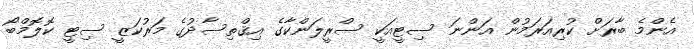
އެންމެ ބާރަށް ކުރިއަރަމުން އަންނަ ސިޓީއަކީ ސްރީލަންކާގެ އިޤްތިސާދުގެ މަރުކަޒީ ސިޓީ ކޮޮލޮމްބޯ